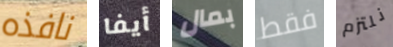
نافذه أيفا بمال فقط نلتزم